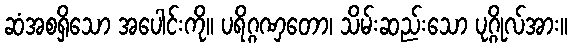
ဆံအစရှိသော အပေါင်းကို။ ပရိဂ္ဂဏှတော၊ သိမ်းဆည်းသော ပုဂ္ဂိုလ်အား။